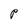
Character: P